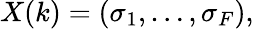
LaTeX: X(k)=(\sigma_{1},\dots,\sigma_{F}),